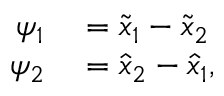
\begin{array} { r l } { \psi _ { 1 } } & { { } = \widetilde { x } _ { 1 } - \widetilde { x } _ { 2 } } \\ { \psi _ { 2 } } & { { } = \widehat { x } _ { 2 } - \widehat { x } _ { 1 } , } \end{array}